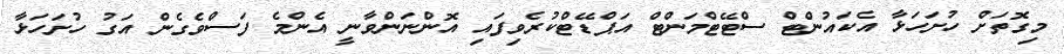
މިގޮތަށް ހުށަހަޅާ އެކައުންޓް ސްޓޭޓްމަންޓް އަޕްޑޭޓްކުރެވިފައި އޮންނަންވާނީ އެންމެ ފަސްވެގެން އަގު ހުށަހަޅާ